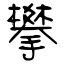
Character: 攀